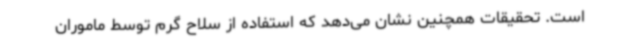
است. تحقیقات همچنین نشان می‌دهد که استفاده از سلاح گرم توسط ماموران